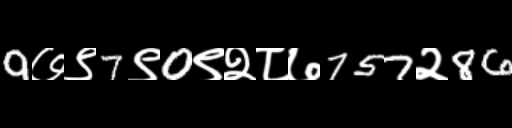
Text: 9७९7९0९२८७757२86